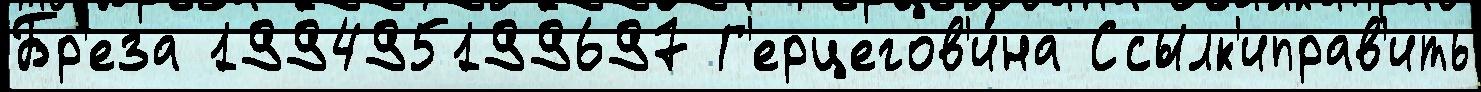
Бр'еза 199495199697 Г'ерцегов'и́на Ссылк'иправ'ить